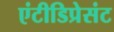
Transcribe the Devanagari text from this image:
एंटीडिप्रेसंट